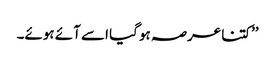
’’کتنا عرصہ ہو گیا اسے آئے ہوئے۔